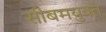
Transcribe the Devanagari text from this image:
सीबमयुक्त